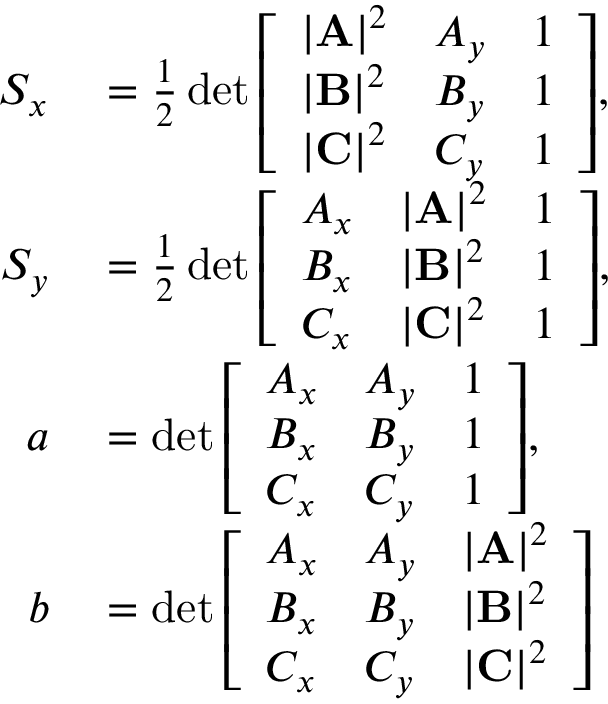
\begin{array} { r l } { S _ { x } } & { { } = { \frac { 1 } { 2 } } \operatorname* { d e t } { \left[ \begin{array} { l l l } { | \mathbf { A } | ^ { 2 } } & { A _ { y } } & { 1 } \\ { | \mathbf { B } | ^ { 2 } } & { B _ { y } } & { 1 } \\ { | \mathbf { C } | ^ { 2 } } & { C _ { y } } & { 1 } \end{array} \right] } , } \\ { S _ { y } } & { { } = { \frac { 1 } { 2 } } \operatorname* { d e t } { \left[ \begin{array} { l l l } { A _ { x } } & { | \mathbf { A } | ^ { 2 } } & { 1 } \\ { B _ { x } } & { | \mathbf { B } | ^ { 2 } } & { 1 } \\ { C _ { x } } & { | \mathbf { C } | ^ { 2 } } & { 1 } \end{array} \right] } , } \\ { a } & { { } = \operatorname* { d e t } { \left[ \begin{array} { l l l } { A _ { x } } & { A _ { y } } & { 1 } \\ { B _ { x } } & { B _ { y } } & { 1 } \\ { C _ { x } } & { C _ { y } } & { 1 } \end{array} \right] } , } \\ { b } & { { } = \operatorname* { d e t } { \left[ \begin{array} { l l l } { A _ { x } } & { A _ { y } } & { | \mathbf { A } | ^ { 2 } } \\ { B _ { x } } & { B _ { y } } & { | \mathbf { B } | ^ { 2 } } \\ { C _ { x } } & { C _ { y } } & { | \mathbf { C } | ^ { 2 } } \end{array} \right] } } \end{array}